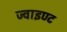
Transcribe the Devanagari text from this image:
ज्वाइण्ट